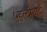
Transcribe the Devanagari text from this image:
५हल्दीघाटी